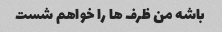
باشه من ظرف ها را خواهم شست